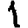
Digit: 1